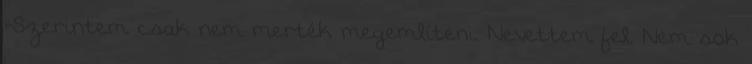
-Szerintem csak nem merték megemlíteni. Nevettem fel. Nem sok